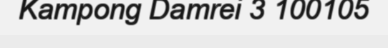
Kampong Damrei 3 100105